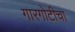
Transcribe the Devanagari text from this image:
गारगोटीचा